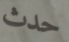
حدث